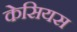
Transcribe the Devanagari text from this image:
केसियस